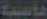
ماسية